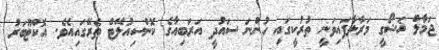
ޖަމާލް ޚަޝޯގީ މަރާލާފައިވަނީ ތުރުކީގައި ހުންނަ ސައުދީ އަރަބިއާގެ ކޮންސިއުލޭޓް ތެރޭގައިއެވެ. އޮކްޓޫބަރު